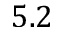
5 . 2